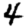
Digit: 4